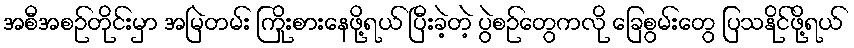
အစီအစဉ်တိုင်းမှာ အမြဲတမ်း ကြိုးစားနေဖို့ရယ် ပြီးခဲ့တဲ့ ပွဲစဉ်တွေကလို ခြေစွမ်းတွေ ပြသနိုင်ဖို့ရယ်